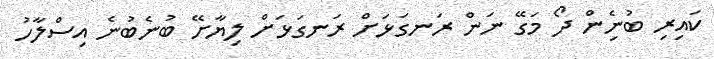
ކައިރި ބުނެިން ދޯ މަގޭ ނަން ރަނގަޅަށް ރަނގަޅަށް ލިޔާށޭ ބުނެބުނެ އިސްލާހު